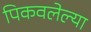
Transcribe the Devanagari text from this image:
पिकवलेल्या